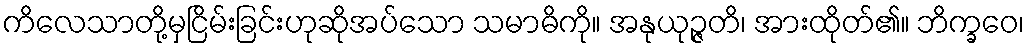
ကိလေသာတို့မှငြိမ်းခြင်းဟုဆိုအပ်သော သမာဓိကို။ အနုယုဉ္ဇတိ၊ အားထိုတ်၏။ ဘိက္ခဝေ၊